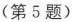
(第5题)